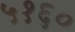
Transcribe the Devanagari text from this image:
५१६०